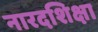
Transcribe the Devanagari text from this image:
नारदशिक्षा